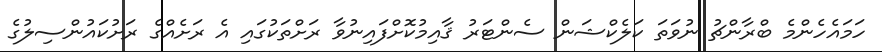
ހަމައެހެންމެ ބްރާންޗު ނުވަތަ ކަލެކްޝަން ސެންޓަރު ޤާއިމުކޮށްފައިނުވާ ރަށްތަކުގައި އެ ރަށެއްގެ ރަށުކައުންސިލުގެ